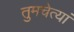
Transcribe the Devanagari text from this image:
तुमचेत्यां